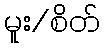
မူး/စိတ်